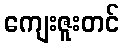
ကျေးဇူးတင်